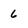
Character: 6